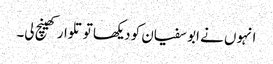
انہوں نے ابو سفیان کو دیکھا تو تلوار کھینچ لی۔